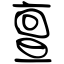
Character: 亶